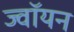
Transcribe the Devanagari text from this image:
ज्वॉयन